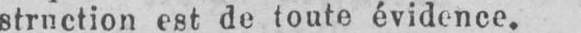
struction est de toute évidence.